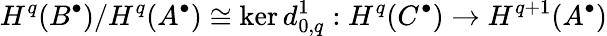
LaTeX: H^{q}(B^{\bullet})/H^{q}(A^{\bullet})\cong\ker d_{0,q}^{1}:H^{q}(C^{\bullet})\rightarrow H^{q+1}(A^{\bullet})